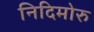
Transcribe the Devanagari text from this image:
निदिमोरु